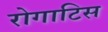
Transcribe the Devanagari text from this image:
रोगाटिस